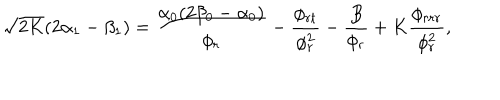
\sqrt { 2 K } ( 2 \alpha _ { 1 } - \beta _ { 1 } ) = \frac { \alpha _ { 0 } ( 2 \beta _ { 0 } - \alpha _ { 0 } ) } { \phi _ { r } } - \frac { \phi _ { r t } } { \phi _ { r } ^ { 2 } } - \frac { B } { \phi _ { r } } + K \frac { \phi _ { r r r } } { \phi _ { r } ^ { 2 } } ,